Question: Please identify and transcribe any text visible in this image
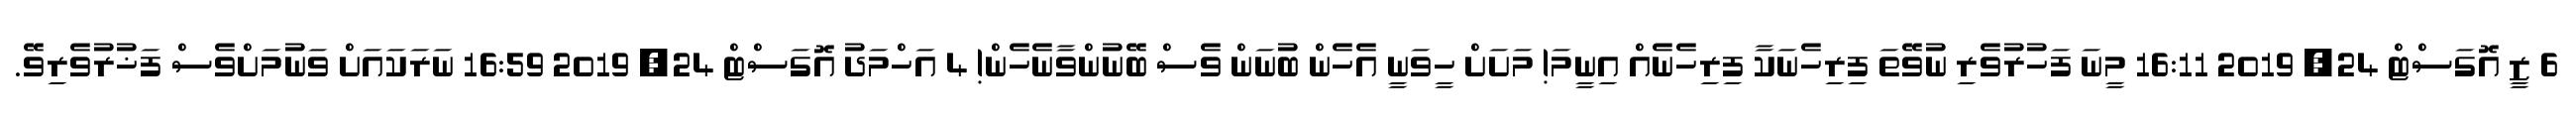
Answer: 6 ޒީ އޮގަސްޓް 24, 2019 16:11 މީނަ ފަހުރުވެރި ނުވޭތަ ފިރިހެނަކާ ފިރިހެނެއް އިނީމަ! މަށަށް ހީވަނީ އެހެން ބުނަން ވެސް ބޭނުންވާނެހެން! 4 އަހްމަދު އޮގަސްޓް 24, 2019 16:59 ނަރަކައަށް ވަނުމަށްވެސް ފަޚުރުވެރިވޭ.